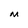
Character: M